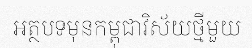
អត្ថបទមុនកម្ពុជាវិស័យថ្មីមួយ